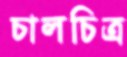
চালচিত্র